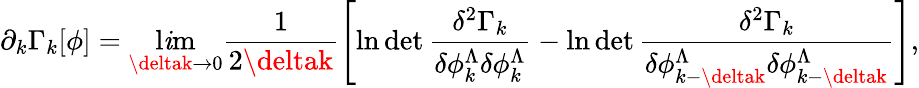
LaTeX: \partial_{k}\Gamma_{k}[\phi]=\operatorname*{l\mathit{i}m}_{\deltak\to0}\frac{{1}}{{2\deltak}}\left[\ln\operatorname*{det}\frac{{\delta^{2}\Gamma_{k}}}{{\delta\phi_{k}^{\Lambda}\delta\phi_{k}^{\Lambda}}}-\ln\operatorname*{det}\frac{{\delta^{2}\Gamma_{k}}}{{\delta\phi_{k-\deltak}^{\Lambda}\delta\phi_{k-\deltak}^{\Lambda}}}\right],